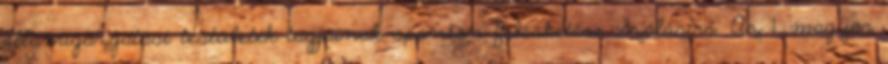
államigazgatási testületek tagjainak spontán felesketése Szálasira. Az 1. magyar